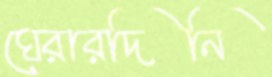
ঘেরারদিনি